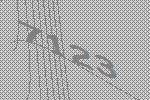
7123